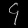
Digit: ၄